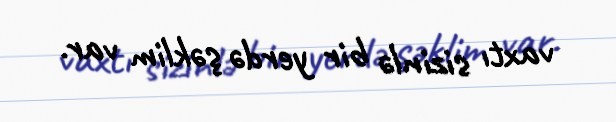
vaxtı sizinlə bir yerdə şəklim var.